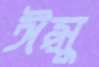
ঈপ্সু